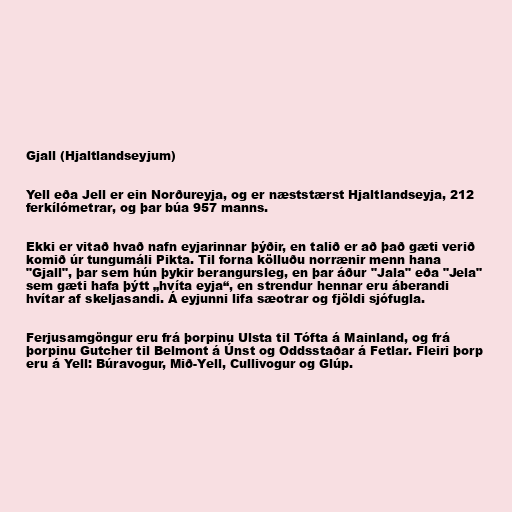
Gjall (Hjaltlandseyjum)

Yell eða Jell er ein Norðureyja, og er næststærst Hjaltlandseyja, 212
ferkílómetrar, og þar búa 957 manns.

Ekki er vitað hvað nafn eyjarinnar þýðir, en talið er að það gæti verið
komið úr tungumáli Pikta. Til forna kölluðu norrænir menn hana
"Gjall", þar sem hún þykir berangursleg, en þar áður "Jala" eða "Jela"
sem gæti hafa þýtt „hvíta eyja“, en strendur hennar eru áberandi
hvítar af skeljasandi. Á eyjunni lifa sæotrar og fjöldi sjófugla.

Ferjusamgöngur eru frá þorpinu Ulsta til Tófta á Mainland, og frá
þorpinu Gutcher til Belmont á Únst og Oddsstaðar á Fetlar. Fleiri þorp
eru á Yell: Búravogur, Mið-Yell, Cullivogur og Glúp.